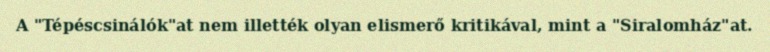
A "Tépéscsinálók"at nem illették olyan elismerő kritikával, mint a "Siralomház"at.